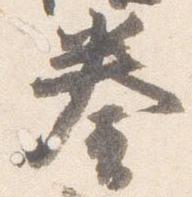
奏